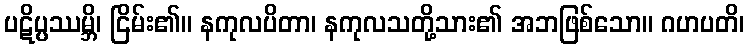
ပဋိပ္ပဿမ္ဘိ၊ ငြိမ်း၏။ နကုလပိတာ၊ နကုလသတို့သား၏ အဘဖြစ်သော။ ဂဟပတိ၊